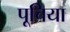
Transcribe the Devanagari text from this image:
पूचिया